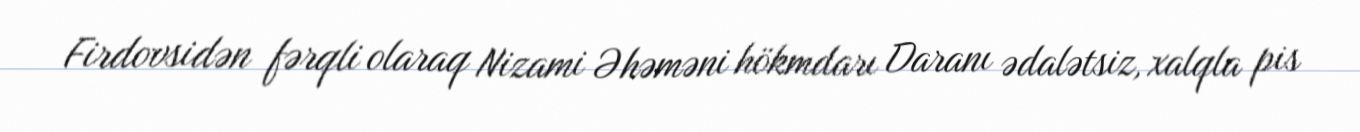
Firdovsidən fərqli olaraq Nizami Əhəməni hökmdarı Daranı ədalətsiz, xalqla pis